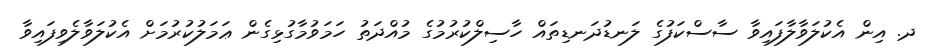
ދ. އިން އެކުލަވާލާފައިވާ ސާސްކަފުގެ ލަނޑުދަނޑިތައް ހާސިލްކުރުމުގެ މުއްދަތު ހަމަވުމާގުޅިގެން ޢަމަލުކުރުމަށް އެކުލަވާލެވިފައިވާ